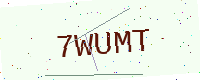
Text: 7WUMT